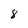
Character: 8